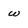
Character: w